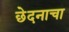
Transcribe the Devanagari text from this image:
छेदनाचा